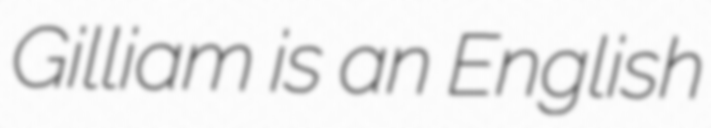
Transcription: Gilliam is an English